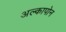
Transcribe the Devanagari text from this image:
अल्कापोन